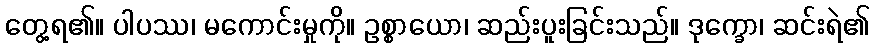
တွေ့ရ၏။ ပါပဿ၊ မကောင်းမှုကို။ ဥစ္စာယော၊ ဆည်းပူးခြင်းသည်။ ဒုက္ခော၊ ဆင်းရဲ၏